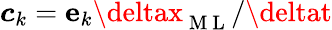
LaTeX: \boldsymbol{c}_{k}=\boldsymbol{\mathrm{e}}_{k}\deltax_{\mathrm{{~M~L~}}}/\deltat